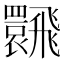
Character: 𩙽